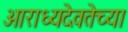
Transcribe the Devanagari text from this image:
आराध्यदेवतेच्या